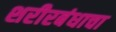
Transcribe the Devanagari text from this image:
शरीरबंधाचा